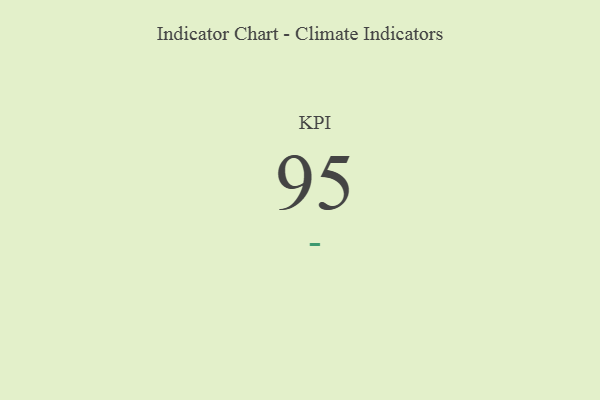
{"axis": {"x": "KPI", "y": "Value"}, "legend": [""], "data": [{"x": "KPI", "y": 95, "type": ""}]}